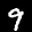
Label: 9